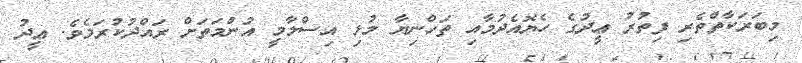
މިބަރަކާތްތެރި ފިތުރު ޢީދުގެ ހެޔޮއެދުމާއި ތަހްނިޔާ މުޅި އިސްލާމީ އުންމަތަށް ރައްދުކުރަމެވެ. ޢީދު